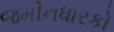
જમીનધારકો